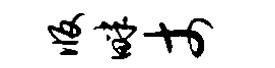
版畔丈